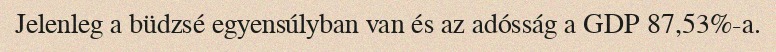
Jelenleg a büdzsé egyensúlyban van és az adósság a GDP 87,53%-a.